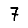
Digit: 7